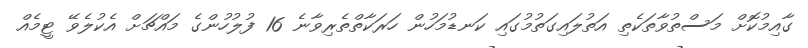
ގާއިމުކޮށް މަސްތުވާތަކެތި އަތުލައިގަތުމުގައި ކަނޑުމަހުން ހަރަކާތްތެރިވާނެ 16 ފުލުހުންގެ މައްޗަށް އެކުލެވޭ ޓީމެއް